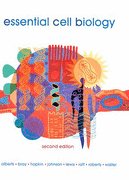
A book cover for Essential Cell Biology- Text Only; Bruce Alberts; Medical Books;